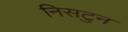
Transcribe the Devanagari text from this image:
निसटुन